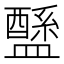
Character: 𥃄